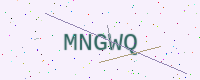
Text: MNGWQ